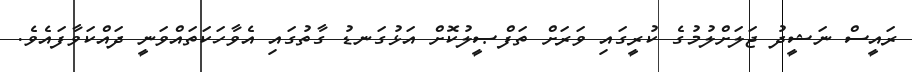
ރައީސް ނަޝީދު ޖަލަށްލުމުގެ ކުރީގައި ވަރަށް ތަފްޞީލުކޮށް އަޅުގަނޑު ގާތުގައި އެވާހަކަތައްވަނީ ދައްކަވާފައެވެ.